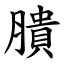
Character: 膭